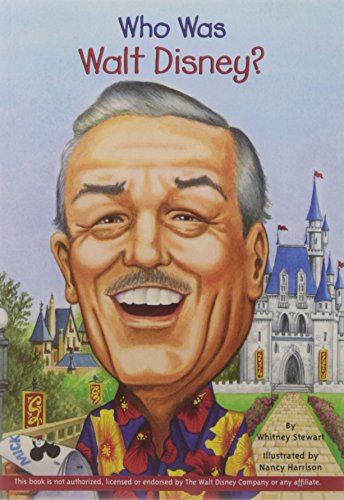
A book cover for Who Was Walt Disney?; Whitney Stewart; Children's Books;